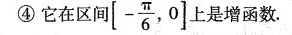
④它在区间[-\frac{\pi}{6},0]上是增函数.